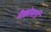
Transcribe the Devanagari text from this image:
मैक्रोमरों